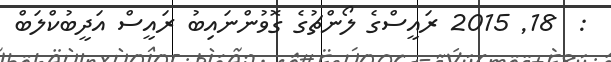
:  18